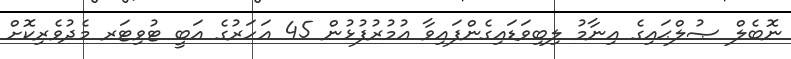
ނޮބެލް ޞުލްޙައިގެ އިނާމު ލިބިވަޑައިގެންފައިވާ ޢުމުރުފުޅުން 45 އަހަރުގެ އަބީ ޓުވިޓަރ މެދުވެރިކޮށް